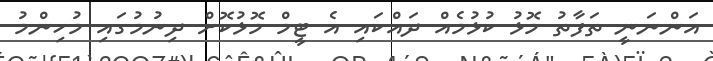
އަންނަނީ ތަފާތު މޮޅު ކުޅުމެއް ދައްކައި އެ ޓީމް މޮޅުކޮށް ދިނުމުގައި މުހިންމު